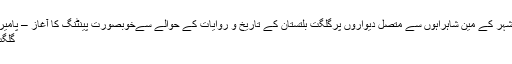
گلگت شہر کے مین شاہراہوں سے متصل دیواروں پرگلگت بلتستان کے تاریخ و روایات کے حوالے سےخوبصورت پینٹنگ کا آغاز – پامیر ٹائمز
گلگت (پ۔